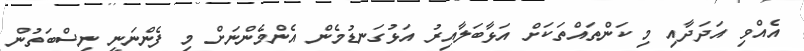
އެއްވި އަދަދާއި މި ކަންތައްތަކަށް އަޅާބަލާއިރު އަޅުގަނޑުމެން އެންމެންނަށް މި ފެންނަނީ ނިސްބަތުން